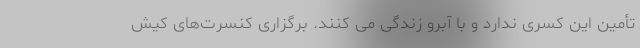
تأمین این کسری ندارد و با آبرو زندگی می کنند. برگزاری کنسرت‌های کیش